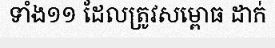
ទាំង១១ ដែលត្រូវសម្ពោធ ដាក់